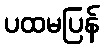
ပထမပြန်